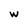
Character: W